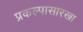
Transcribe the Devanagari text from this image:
प्रकल्पासारखा